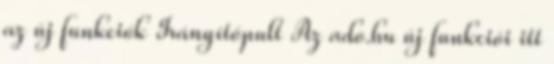
az új funkciók Irányítópult Az ado.hu új funkciói itt